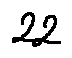
2 2